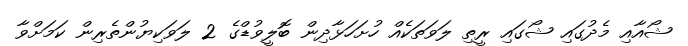
ޝޯއާއި މެދުގައި ޝޯގައި ރީތި ލަވަތަކެއް ހުށަހަޅާދިން ބޮލީވުޑްގެ 2 ލަވަކިޔުންތެރިން ކަމަށްވާ